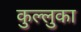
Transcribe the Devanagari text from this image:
कुल्लुका